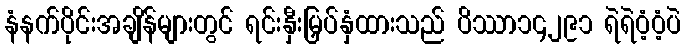
နံနက်ပိုင်းအချိန်များတွင် ရင်းနှီးမြှပ်နှံထားသည် ပိဿာ၁၄၂၉၁ ရဲရဲဝံ့ဝံ့ပဲ